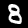
Label: 8